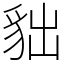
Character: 貀